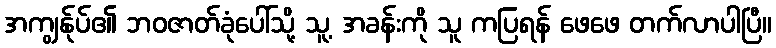
အကျွန်ုပ်၏ ဘဝဇာတ်ခုံပေါ်သို့ သူ့ အခန်းကို သူ ကပြရန် ဖေဖေ တက်လာပါပြီ။